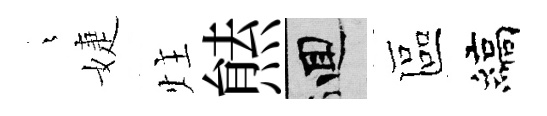
燁婕炷㷱回區縞